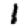
Digit: 1